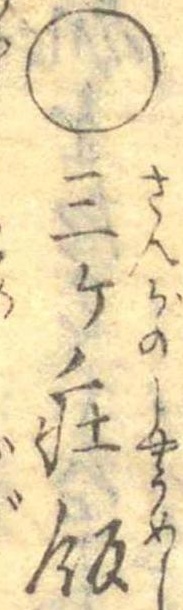
○三ケ荘飯